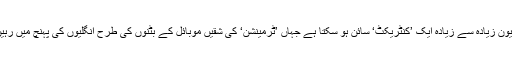
جیون زیادہ سے زیادہ ایک ’کنٹریکٹ‘ سائن ہو سکتا ہے جہاں ’ٹرمینشن‘ کی شقیں موبائل کے بٹنوں کی طرح انگلیوں کی پہنچ میں رہیں!